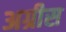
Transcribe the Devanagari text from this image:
अग्रीस